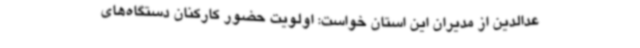
عدالدین از مدیران این استان خواست: اولویت حضور کارکنان دستگاه‌های